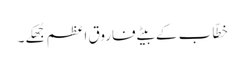
خطّاب کے بیٹے فاروقِ اعظم جُھکے۔